Vana-Antsla_vallavalitsus, lk 42
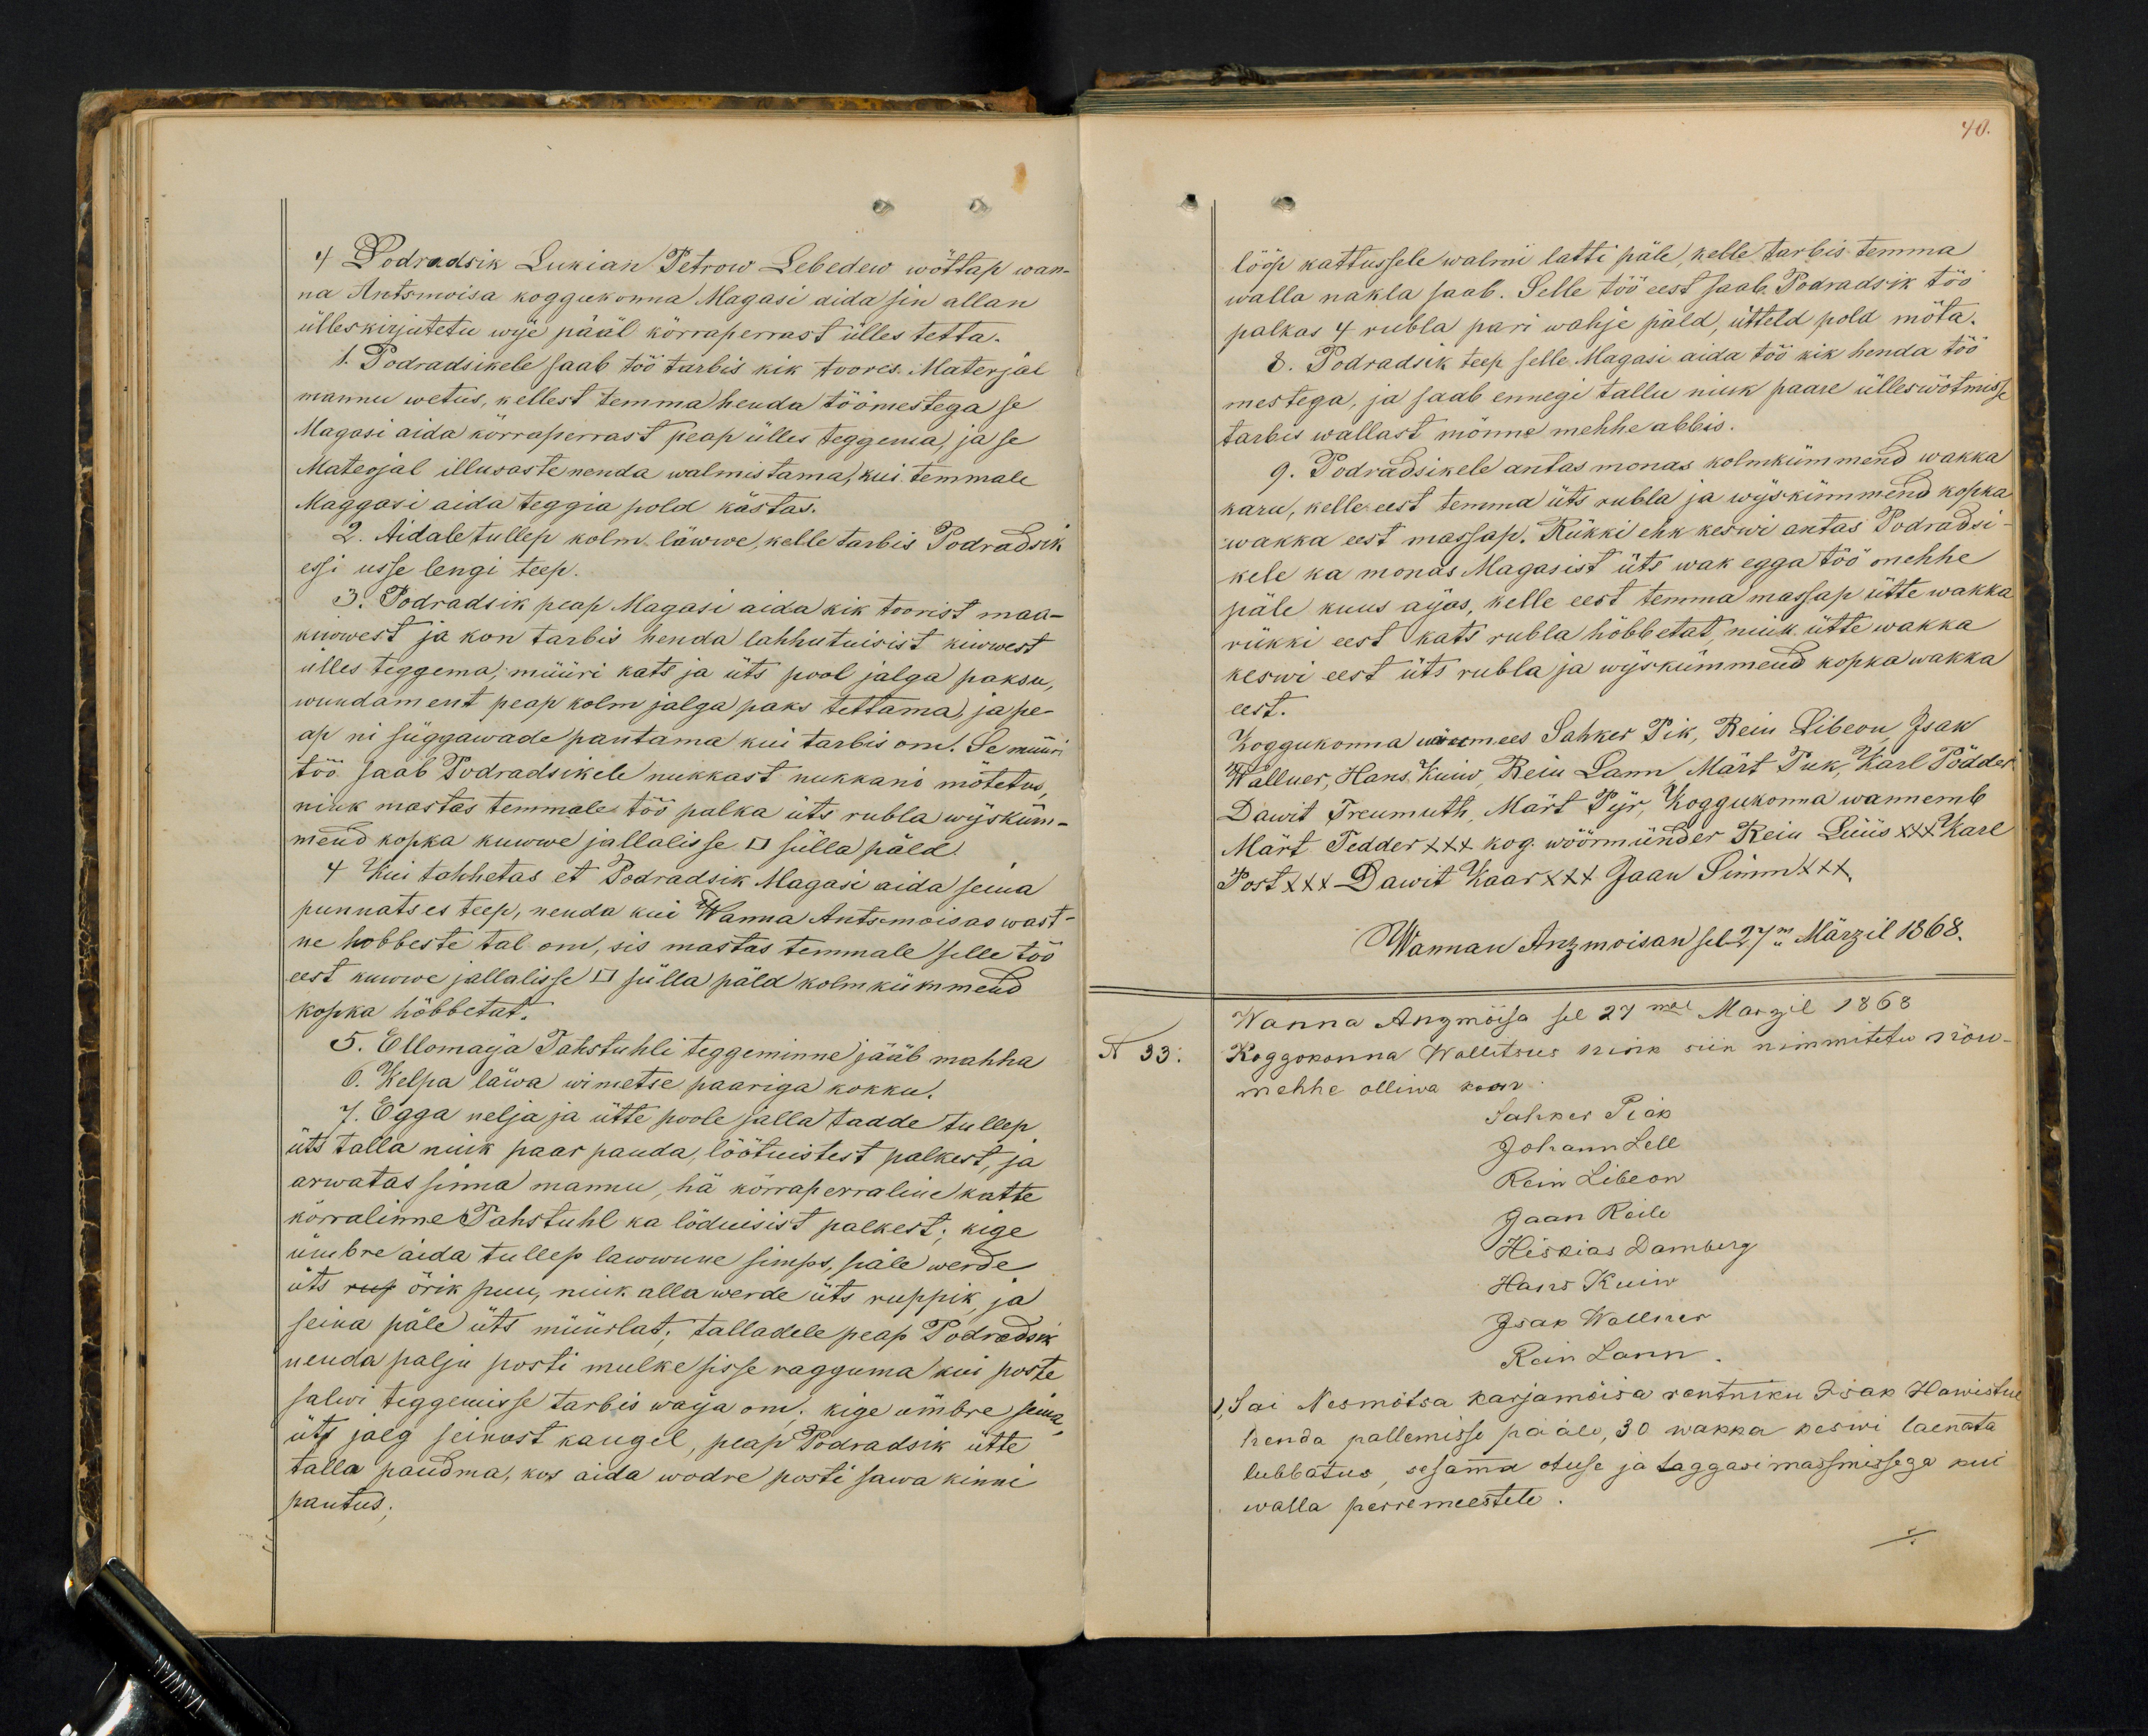
4 Podradsik Lukian Petrow Lebedew wöttap wan-
na Antsmoisa koggukonna Magasi aida sin allan
ülleskirjutetu wije pääl kõrraperrast ülles tetta.
1. Podradsikele saab töö tarbis kik toores. Materjal
mannu wetus, kellest temma heuda töömestega se
Magasi aida körraperrast peap ülles teggema, ja se
Materjal illusaste nenda walmistama, kui temmale
Maggasi aida teggia pold kästas.
2. Aidale tullep kolm läwwe, kelle tarbis Podradsik
essi usse lengi teep
3. Podradsik peap Magasi aeda kik toorist maa-
kuwwest ja kon tarbis henda lahhutuisist kiwwest
ülles teggema, müüri kats ja üts pool jalga paksu
wundament peap kolm jalga paks tettama, ja pe-
ap ni süggawade pantama kui tarbis on. Se müü-
töö saab Podradsikele nukkast nukkani motetus,
nink wastas temmale töö palka üts rubla wijsküm-
mend kopka kuwwe jallalisse  □ sülla päld.
4 Kui tahhetas et Podradsik Magasi aida sema
punnatses teep, nenda kui Wanna Antsemõisas wast
ne hobbeste tal on, sis mastas temmale selle töö
eest kuwwe jallalisse □ sülla päld kolm kümmend
kopka höbbetat.
5. Ellomajja Tahstuhli teggeminne jääb mahha
6. Kelpa läwa wimetse paariga kokku.
7. Egga nelja ja ütte poole jalla tadde tullep
üts talla nuik paar pauda, löötuistest palkest, ja
arwatas sinna mannu, hä körraperraline katte
körralinne Tahstuhl ka löduisist palkest; kige
ümbre aida tullep lawwune simps, päle werde
üts rup örik puu, nink alla werde üts ruppik, ja
seina päle üts müürlat; talladele peap Podrodsik
nenda palju posti mulke sisse ragguma kui poste
salwi teggemisse tarbis waija om. kige ümbre senna
üts jalg seinast kaugel, peap Podradsik ütte
talla paudma, kos aida wodre posti sawa kinni
pantus.

40.
lööp kattussele walmi latti päle, kelle tarbis temma
walla nakla saab. Selle töö eest saab, Podradsik töö
palkas 4 rubla pari wahje päld, ütteld pold möta.
8. Podradsik teep selle Magasi aida töö kik henda töö
mestega, ja saab ennegi tallu nink paare ülleswötmisse
tarbis wallast mönne mehhe abbis.
9. Podradsikele antas monas kolmkümmend wakka
karn, kelle eest temma üts rubla ja wijskümmend kopka
wakka eest massap. Rükki ehk keswi antas Podradsi-
kele ka monas Magasist üts wak egga töö mehhe
päle kuus ajas, kelle eest temma massap ütte wakka
rükki eest kats rubla höbbetat, nink ütte wakka
keswi eest üts rubla ja wijskümmend kopka wakka
eest.
Koggukonna wäremees Sahker Pik, Rein Libeon, Isak
Wallner, Hans Kuiw, Rein Lann, Märt Puk, Karl Pöddar
Dawit Treumuth, Märt Pijr, Koggukonna wannemb
Mart Tedder +++ kog. wöörmünder Rein Lüüs xxx Karl
Post XXX 2 Dawit Kaar XXX Jaan Simm +++
Wanman Anzmoisan sel 27m Märzil 1868.
Wanna Anzmõisa sel 27mal Marzil 1868
N 33
Koggokonna Wallitsus nink siin nimmitetu nõu
mehhe olliwa koos
Sahker Piak
Johann Lell
Rein Libeon
Jaan Reile
Hiskias Damberg
Hans Kuiw
Isak Wallner
Rein Lann.
1) Sai Nesmõtsa karjamõisa rentniku Isak Hawistul
henda pallemisse pääle, 30 wakka keswi laenata
lubbatus, sesama otuse ja taggasimassmissega kui
walla perremeestete